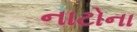
નાટોના